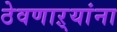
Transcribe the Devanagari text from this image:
ठेवणाऱ्यांना